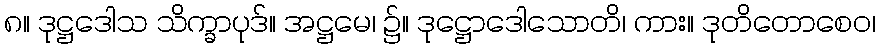
၈။ ဒုဋ္ဌဒေါသ သိက္ခာပုဒ်။ အဋ္ဌမေ၊ ၌။ ဒုဋ္ဌောဒေါသောတိ၊ ကား။ ဒုတိတောစေဝ၊